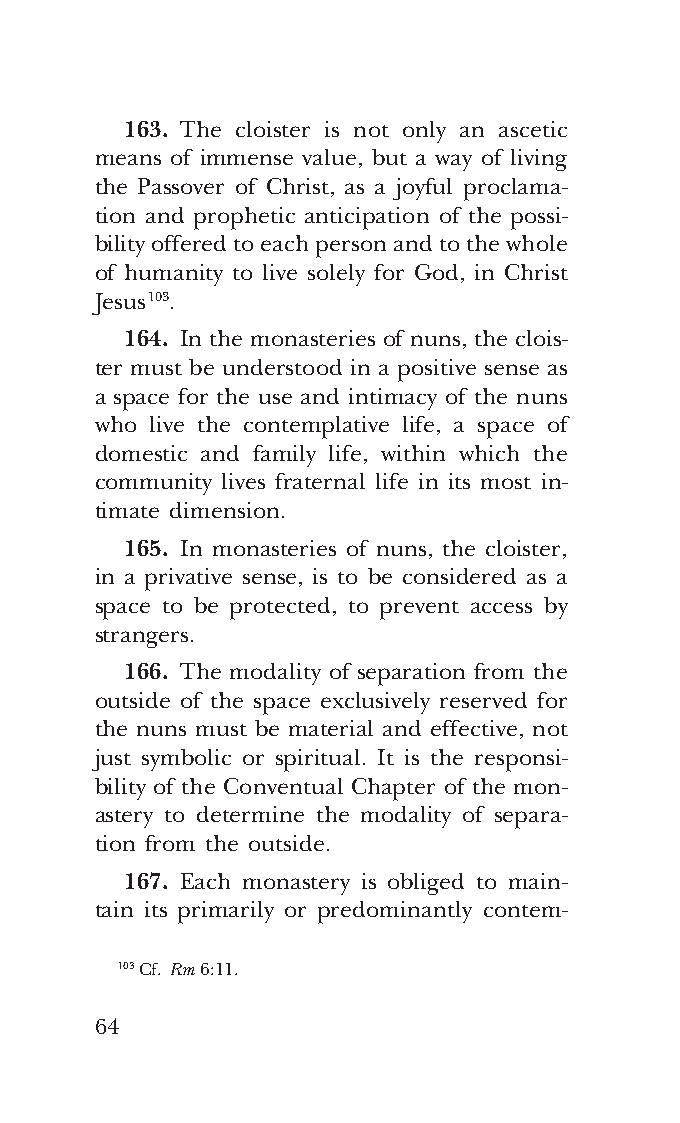
COR ORANS – NUOVO FORMATO – INGLESE 2ª BOZZA – 24 maggio 2018 – 11:12
 163. The cloister is not only an ascetic
 means of immense value, but a way of living
 the Passover of Christ, as a joyful proclama-
 tion and prophetic anticipation of the possi-
 bility offered to each person and to the whole
 of humanity to live solely for God, in Christ
 Jesus 103.
 164. In the monasteries of nuns, the clois-
 ter must be understood in a positive sense as
 a space for the use and intimacy of the nuns
 who live the contemplative life, a space of
 domestic and family life, within which the
 community lives fraternal life in its most in-
 timate dimension.
 165. In monasteries of nuns, the cloister,
 in a privative sense, is to be considered as a
 space to be protected, to prevent access by
 strangers.
 166. The modality of separation from the
 outside of the space exclusively reserved for
 the nuns must be material and effective, not
 just symbolic or spiritual. It is the responsi-
 bility of the Conventual Chapter of the mon-
 astery to determine the modality of separa-
 tion from the outside.
 167. Each monastery is obliged to main-
 tain its primarily or predominantly contem-
 103 Cf. Rm 6:11.
 64